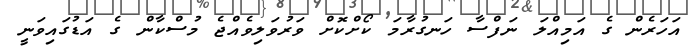
އަހަރެން ގެ އަމިއްލަ ނަފްސާ ހަނގުރާމަ ކޯށްކޮށް ވަރުވަލިވެއްޖެ މުސްކާން ގެ އަޑުގައިވަނީ